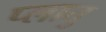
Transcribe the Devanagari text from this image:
प्लातु